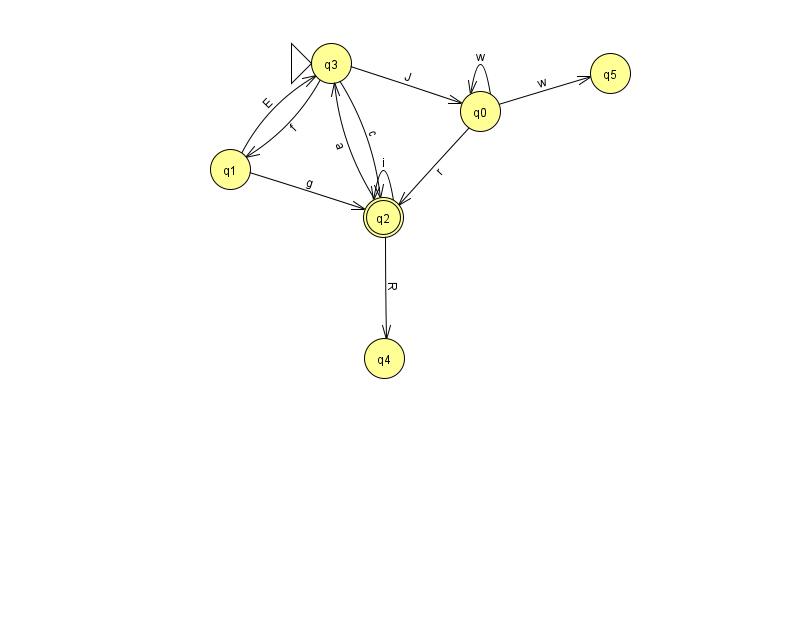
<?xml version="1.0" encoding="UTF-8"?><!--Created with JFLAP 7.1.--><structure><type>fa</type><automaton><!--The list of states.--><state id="0" name="q0"><x>480.0</x><y>98.0</y></state><state id="1" name="q1"><x>230.0</x><y>156.0</y></state><state id="2" name="q2"><x>383.0</x><y>204.0</y><final/></state><state id="3" name="q3"><x>331.0</x><y>50.0</y><initial/></state><state id="4" name="q4"><x>384.0</x><y>345.0</y></state><state id="5" name="q5"><x>610.0</x><y>60.0</y></state><!--The list of transitions.--><transition><from>0</from><to>5</to><read>w</read></transition><transition><from>3</from><to>0</to><read>J</read></transition><transition><from>2</from><to>3</to><read>a</read></transition><transition><from>2</from><to>4</to><read>R</read></transition><transition><from>0</from><to>0</to><read>w</read></transition><transition><from>3</from><to>2</to><read>c</read></transition><transition><from>3</from><to>1</to><read>f</read></transition><transition><from>2</from><to>2</to><read>i</read></transition><transition><from>1</from><to>3</to><read>E</read></transition><transition><from>1</from><to>2</to><read>g</read></transition><transition><from>0</from><to>2</to><read>r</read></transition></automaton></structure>